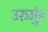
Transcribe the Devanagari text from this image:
उरुमुंड